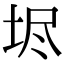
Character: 𡋤